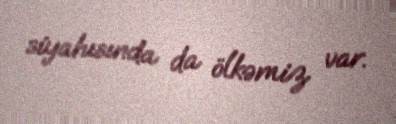
siyahısında da ölkəmiz var.